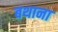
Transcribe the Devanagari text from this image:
बथाना